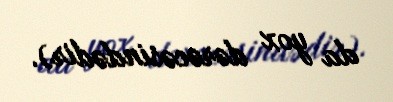
da yox dərəcəsindədir).